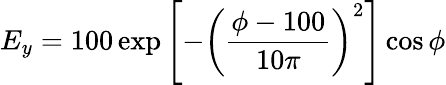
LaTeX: E_{y}=100\exp\left[-\left(\frac{\phi-100}{10\pi}\right)^{2}\right]\cos\phi